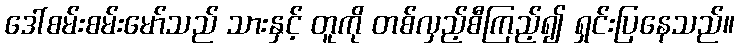
ဒေါ်စမ်းစမ်းမော်သည် သားနှင့် တူကို တစ်လှည့်စီကြည့်၍ ရှင်းပြနေသည်။